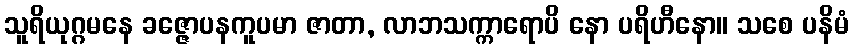
သူရိယုဂ္ဂမနေ ခဇ္ဇောပနကူပမာ ဇာတာ, လာဘသက္ကာရောပိ နော ပရိဟီနော။ သစေ ပနိမံ